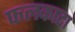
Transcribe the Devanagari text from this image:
फलकाटा